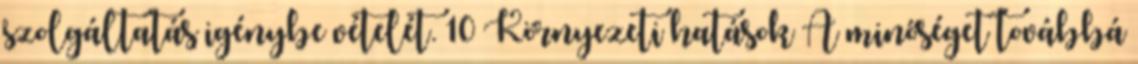
szolgáltatás igénybe vételét. 10 Környezeti hatások A minőséget továbbá